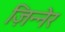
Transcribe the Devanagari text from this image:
ज़िन्नेर